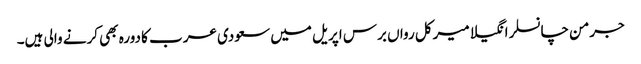
جرمن چانسلر انگیلا میرکل رواں برس اپریل میں سعودی عرب کا دورہ بھی کرنے والی ہیں۔